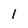
Character: l